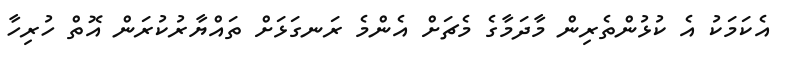
އެކަމަކު އެ ކުޅުންތެރިން މާދަމާގެ މެޗަށް އެންމެ ރަނގަޅަށް ތައްޔާރުކުރަން އޮތް ހުރިހާ